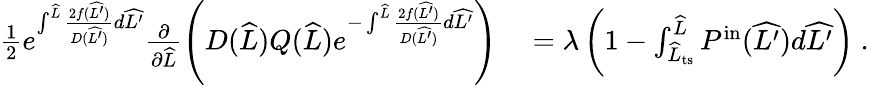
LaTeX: \begin{array}{rl}{\frac{1}{2}e^{\int^{\widehat{L}}\frac{2f(\widehat{L^{\prime}})}{D(\widehat{L^{\prime}})}d\widehat{L^{\prime}}}\frac{\partial}{\partial\widehat{L}}\left(D(\widehat{L})Q(\widehat{L})e^{-\int^{\widehat{L}}\frac{2f(\widehat{L^{\prime}})}{D(\widehat{L^{\prime}})}d\widehat{L^{\prime}}}\right)}&{{}=\lambda\left(1-\int_{\widehat{L}_{\mathrm{ts}}}^{\widehat{L}}P^{\mathrm{in}}(\widehat{L^{\prime}})d\widehat{L^{\prime}}\right)\ .}\end{array}